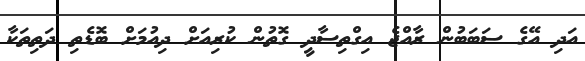
އަދި އޭގެ ސަބަބުން ރާއްޖެ އިގްތިސާދީ ގޮތުން ކުރިއަށް ދިއުމަށް ބޮޑެތި ދަތިތަކާ